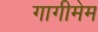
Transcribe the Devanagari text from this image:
गागीमेम